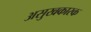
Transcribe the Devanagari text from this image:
असुखकारक